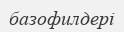
базофилдері